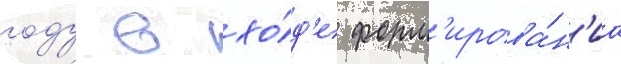
году в хо́д'е форм'ирова́н'иа